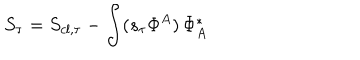
S _ { \tau } = S _ { c l , \tau } - \int ( s _ { \tau } \Phi ^ { A } ) \, \Phi _ { A } ^ { * }